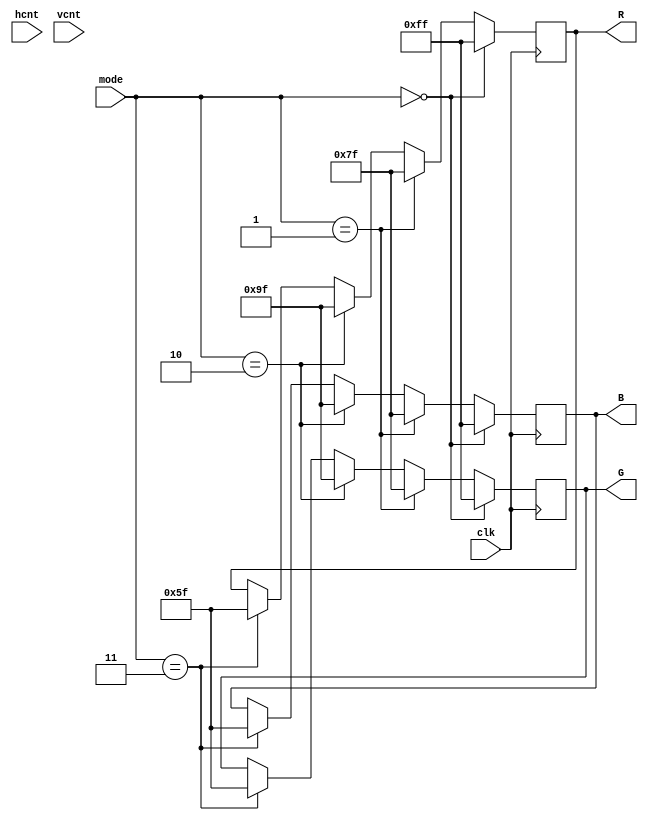
module PatternGen (input clk,
						input[3:0] mode, 
						input[10:0] hcnt,
						input[11:0] vcnt,
						output reg[7:0] R, G, B
						);
						
always @(posedge clk)
begin
	if (mode==4'd0)
	begin
		R<=8'd255;
		G<=8'd255;
		B<=8'd255;
	end
	
	else if(mode==4'd1)
	begin
		R<=8'd127;
		G<=8'd127;
		B<=8'd127;
	end
	
	else if(mode==4'd2)
	begin
		R<=8'd159;
		G<=8'd159;
		B<=8'd159;
	end
	
	else if(mode==4'd3)
	begin
		R<=8'd95;
		G<=8'd95;
		B<=8'd95;
	end
end

endmodule